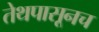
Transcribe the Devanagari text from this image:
तेथपासूनच